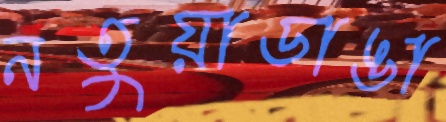
নতুয়াডাঙা